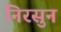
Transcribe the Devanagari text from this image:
निरसुन